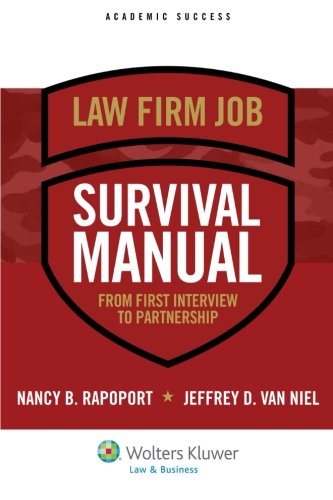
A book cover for Law Firm Job Survival Manual: From First Interview to Partnership (Academic Success); Nancy B. Rapoport; Law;